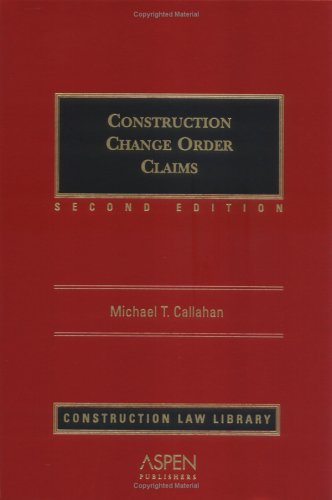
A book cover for Construction Change Order Claims (Construction Law Library); Michael T. Callahan; Law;